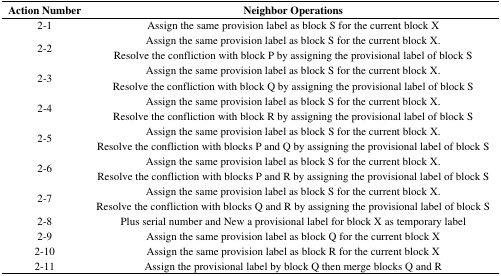
| Action Number | Neighbor Operations |
 | --- | --- |
 | 2-1 | Assign the same provision label as block S for the current block X |
 | 2-2 | Assign the same provision label as block S for the current block X. Resolve the confliction with block P by assigning the provisional label of block S |
 | 2-3 | Assign the same provision label as block S for the current block X. Resolve the confliction with block Q by assigning the provisional label of block S |
 | 2-4 | Assign the same provision label as block S for the current block X. Resolve the confliction with block R by assigning the provisional label of block S |
 | 2-5 | Assign the same provision label as block S for the current block X. Resolve the confliction with blocks P and Q by assigning the provisional label of block S |
 | 2-6 | Assign the same provision label as block S for the current block X. Resolve the confliction with blocks P and R by assigning the provisional label of block S |
 | 2-7 | Assign the same provision label as block S for the current block X. Resolve the confliction with blocks Q and R by assigning the provisional label of block S |
 | 2-8 | Plus serial number and New a provisional label for block X as temporary label |
 | 2-9 | Assign the same provision label as block Q for the current block X |
 | 2-10 | Assign the same provision label as block R for the current block X |
 | 2-11 | Assign the provisional label by block Q then merge blocks Q and R |